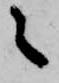
々